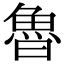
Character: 魯